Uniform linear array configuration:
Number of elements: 8
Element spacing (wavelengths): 0.75
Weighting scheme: hann
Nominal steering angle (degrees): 0
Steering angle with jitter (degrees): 1.076
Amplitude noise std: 0.05
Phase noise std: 0.05

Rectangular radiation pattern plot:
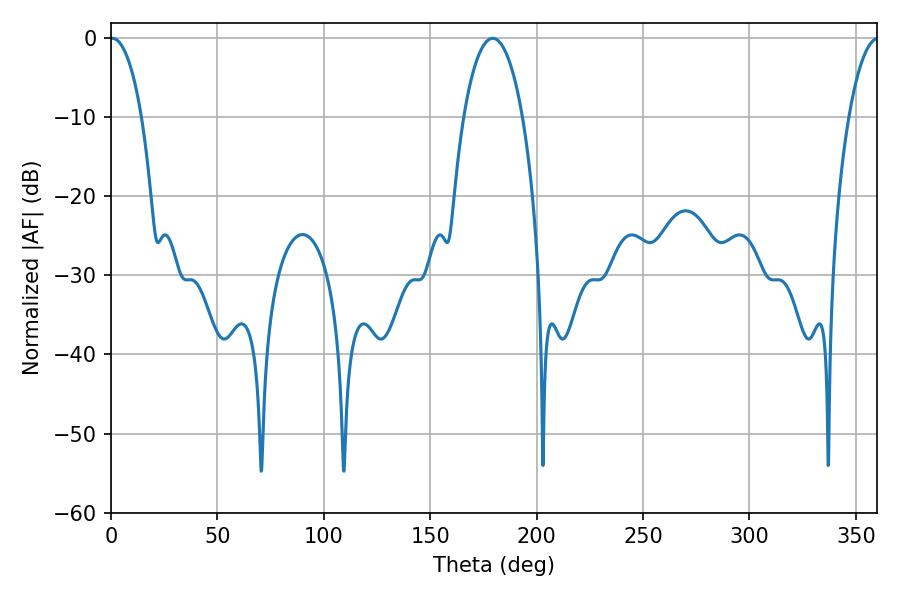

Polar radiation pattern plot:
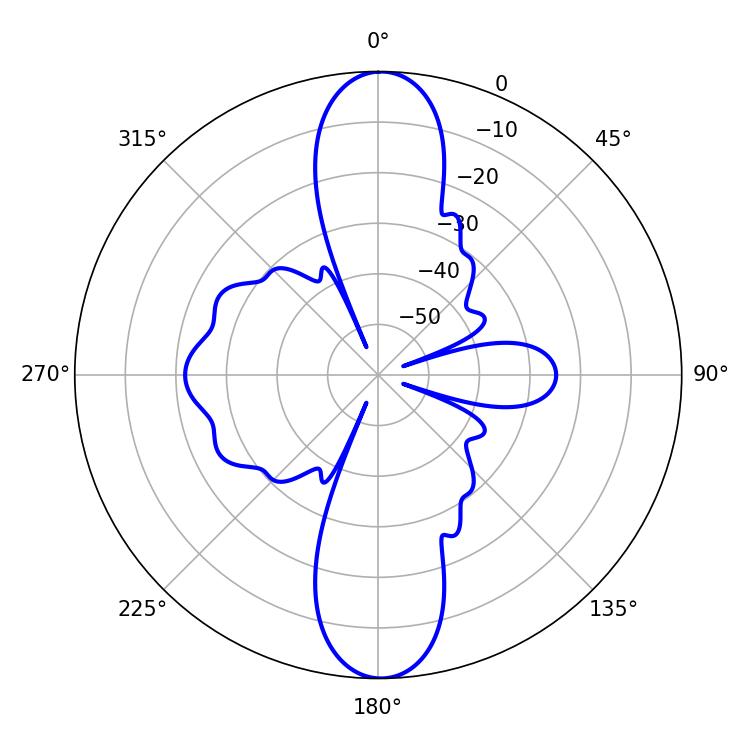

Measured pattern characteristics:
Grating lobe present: TRUE
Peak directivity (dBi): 28.885
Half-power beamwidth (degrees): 8.28
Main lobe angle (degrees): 0.54